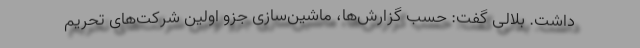
داشت. بلالی گفت: حسب گزارش‌ها، ماشین‌سازی جزو اولین شرکت‌های تحریم